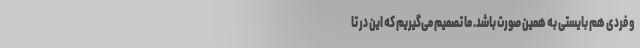
و فردی هم بایستی به همین صورت باشد. ما تصمیم می‌گیریم که این در تا